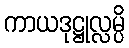
ကာယဒုဋ္ဌုလ္လမ္ပိ